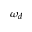
\omega _ { d }